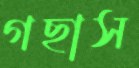
গছাস